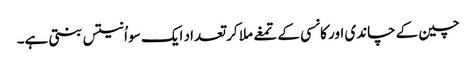
چین کے چاندی اور کانسی کے تمغے ملا کر تعداد ایک سو اُنتیس بنتی ہے۔